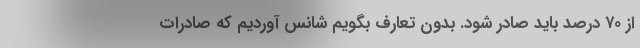
از ۷۰ درصد باید صادر شود. بدون تعارف بگویم شانس آوردیم که صادرات